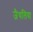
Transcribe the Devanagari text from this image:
जैथलिया